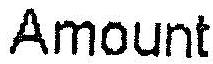
AMOUNT